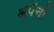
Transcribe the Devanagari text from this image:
अपॅची